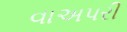
વાઅપરી